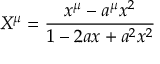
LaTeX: X ^ { \mu } = { \frac { x ^ { \mu } - a ^ { \mu } x ^ { 2 } } { 1 - 2 a x + a ^ { 2 } x ^ { 2 } } }